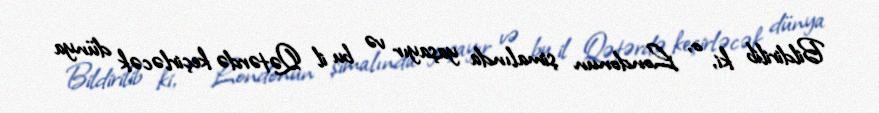
Bildirilib ki, o, Londonun şimalında yaşayır və bu il Qətərdə keçirləcək dünya